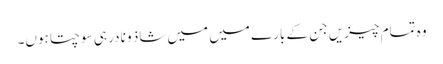
وہ تمام چیزیں جن کے بارے میں میں شاذ و نادر ہی سوچتا ہوں۔